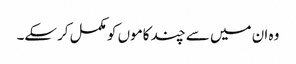
وہ ان میں سے چند کاموں کو مکمل کرسکے۔